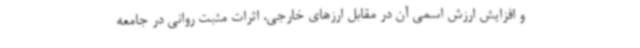
و افزایش ارزش اسمی آن در مقابل ارزهای خارجی، اثرات مثبت روانی در جامعه